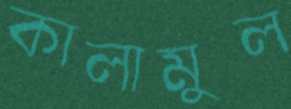
কালামুল